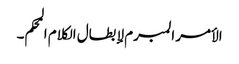
الأمر المبرم لإبطال الکلام المحکم۔